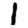
Digit: 1